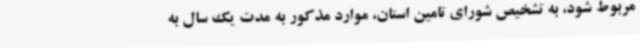
مربوط شود، به تشخیص شورای تامین استان، موارد مذکور به مدت یک سال به